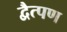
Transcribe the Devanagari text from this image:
द्वैत्पण